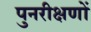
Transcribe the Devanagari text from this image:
पुनरीक्षणों